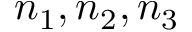
n _ { 1 } , n _ { 2 } , n _ { 3 }